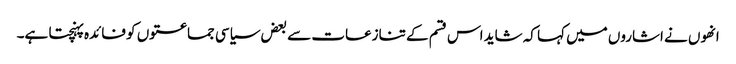
انھوں نے اشاروں میں کہا کہ شاید اس قسم کے تنازعات سے بعض سیاسی جماعتوں کو فائدہ پہنچتا ہے۔